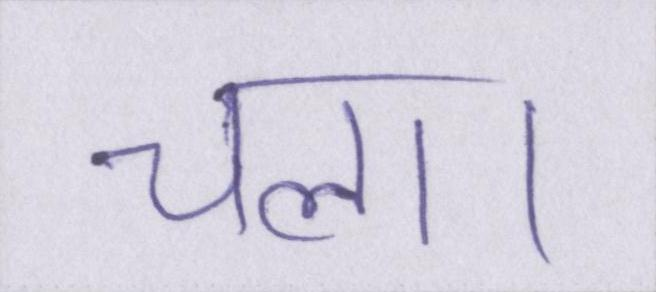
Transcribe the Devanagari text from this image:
चला।